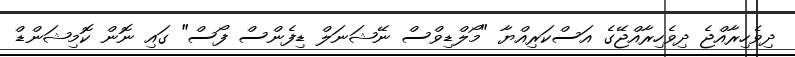
ދިވެހިރާއްޖެ ދިވެހިރާއްޖޭގެ އަސްކަރިއްޔާ "މޯލްޑިވްސް ނޭޝަނަލް ޑިފެންސް ފޯސް" ގައި ނޮން ކޮމިޝަންޑް